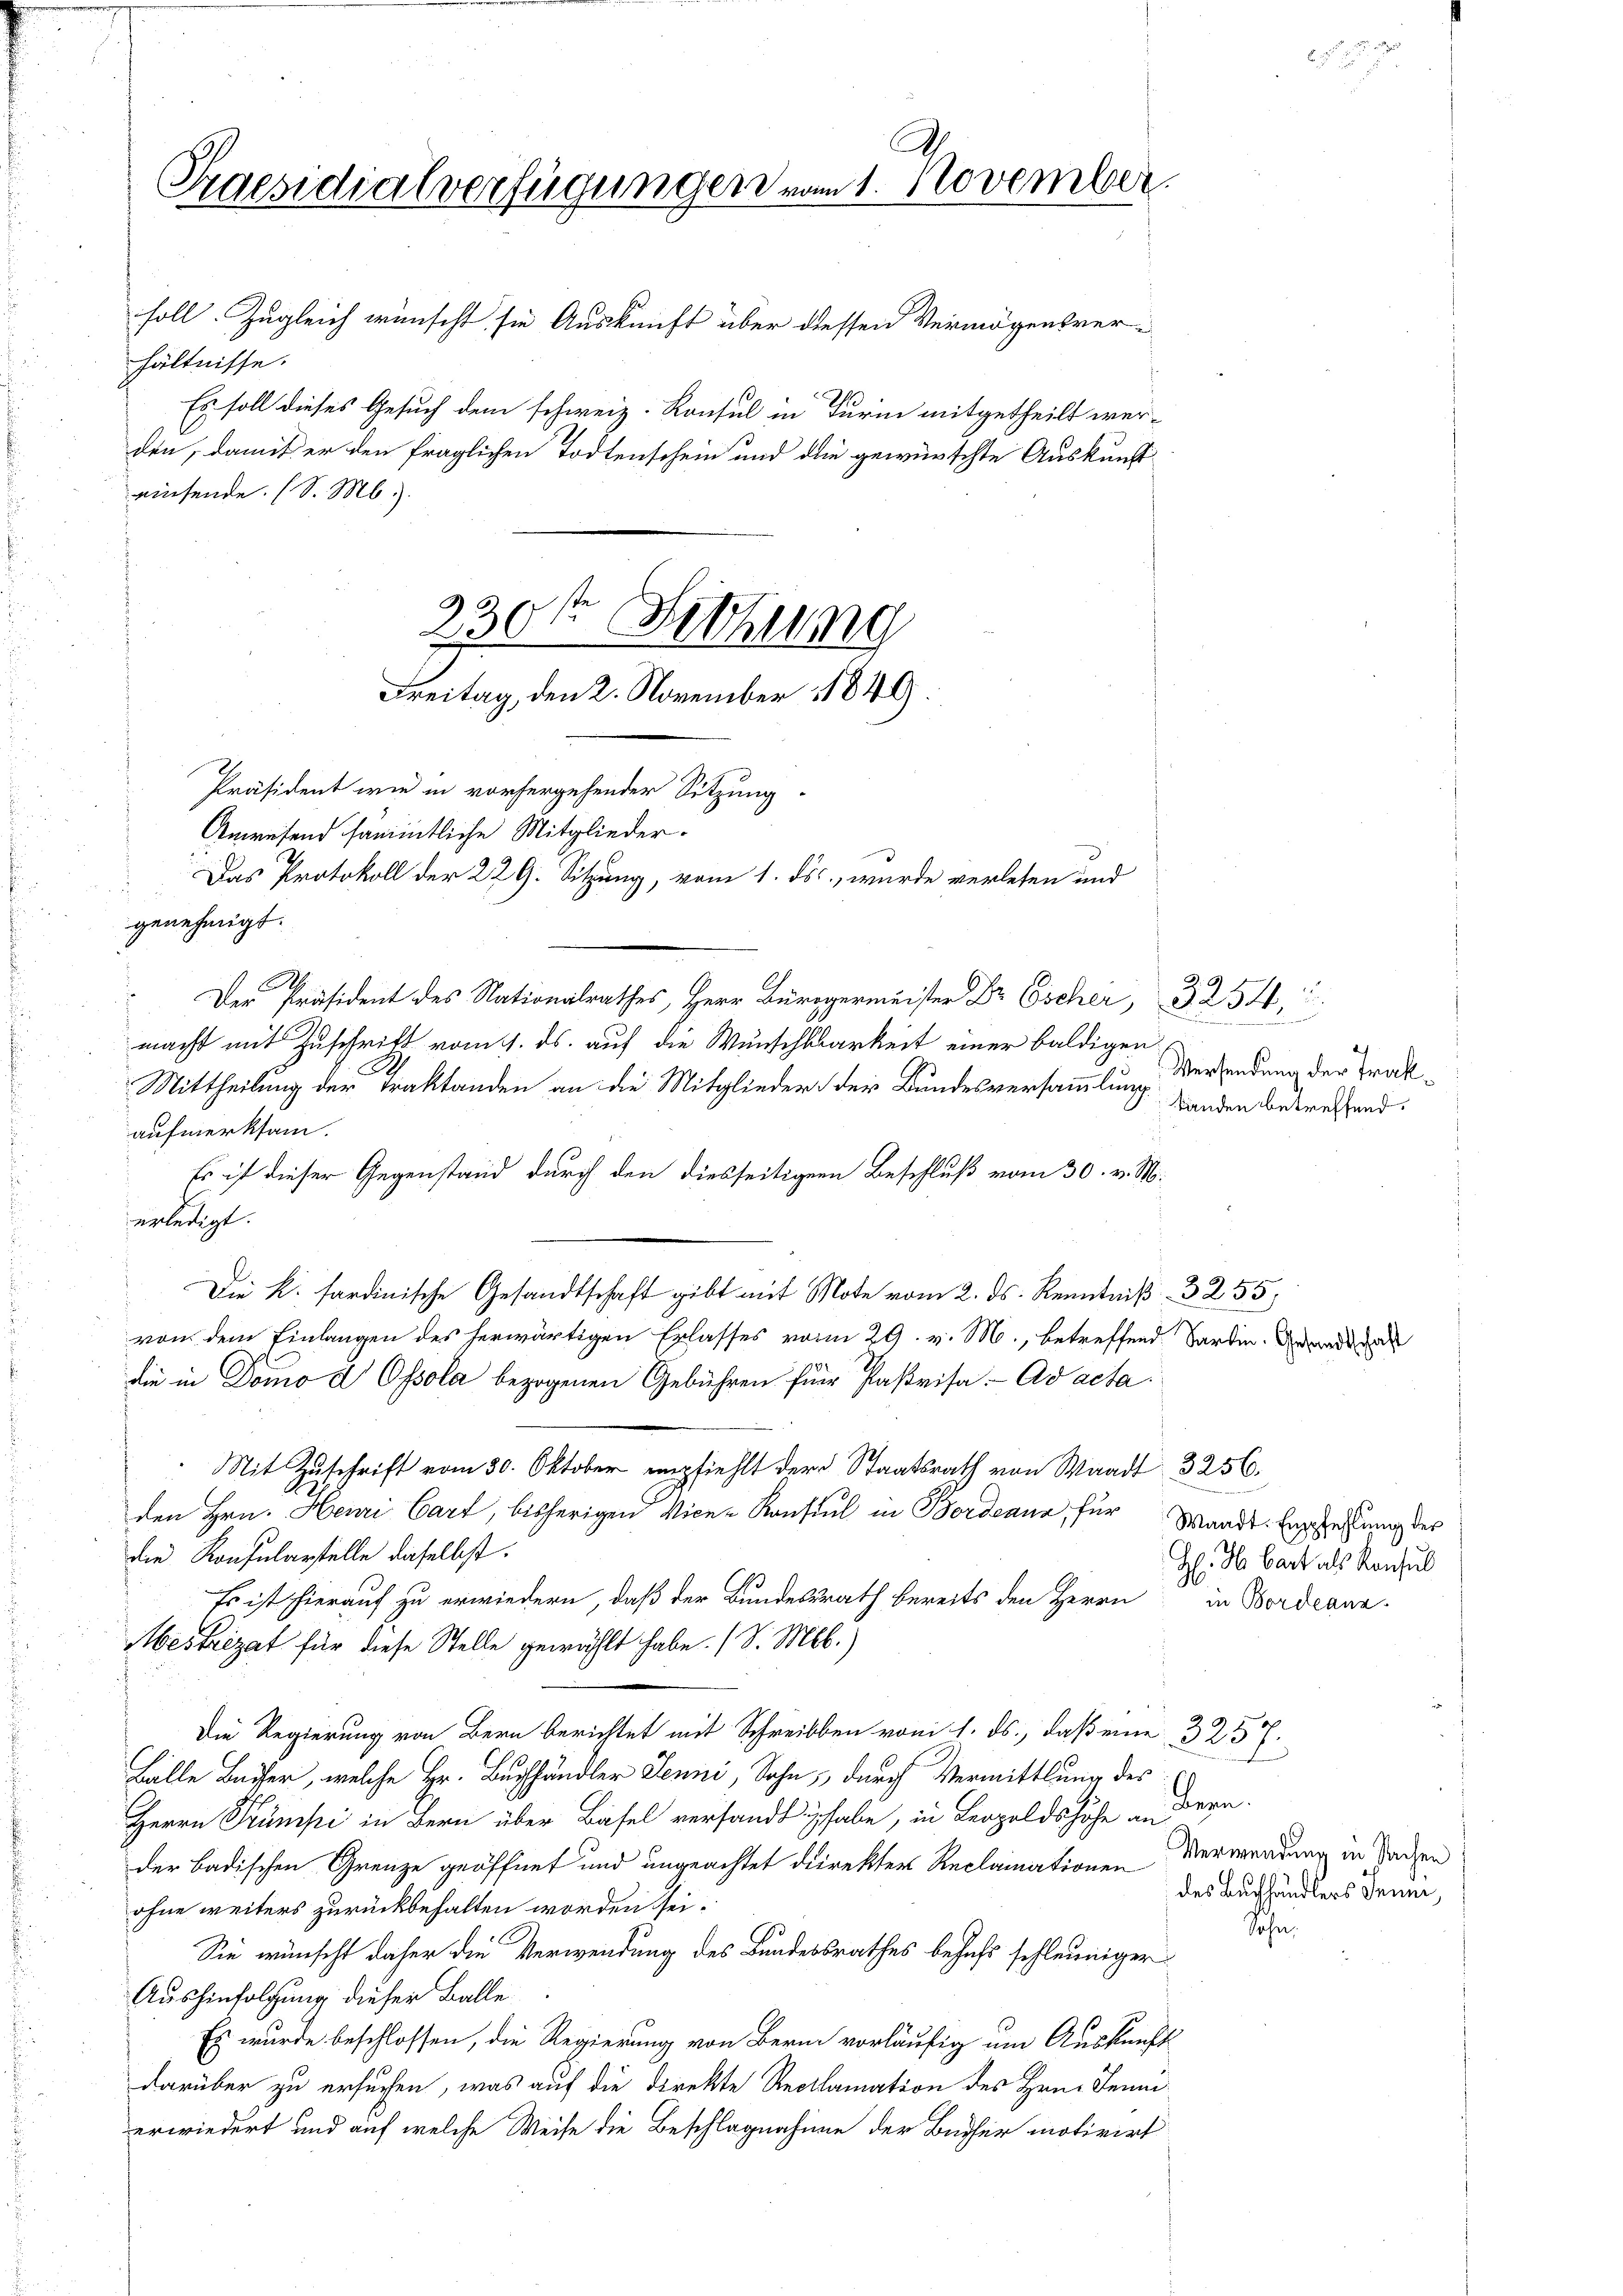
Praesidialverfügungen vom 1. November

soll. Zugleich wünscht sie Auskunft über dessen Vermögensver-
hältnisse.
Es soll dieses Gesuch dem schweiz. Konsul in Turin mitgetheilt wer-
den, damit er den fraglichen Todtenschein und die gewürschte Auskunft
einsende. (S. M.

Anwesend sämmtliche Mitglieder.
genehmigt.
.
Der Präsident des Nationalrathes Herr Bürgermeister Dr Escher, 254,
macht mit Zuschrift vom 4. ds. auf die Wunschtbarkeit einer baldigen
Mittheilung der Traktanden an die Mitglieder der Bundesversammlung anden betreffend:
aufmerksam.
Es ist dieser Gegenstand durch den diesseitiger Beschluß vom 30. v. M.
erledigt.
Die k. sardinische Gesandtschaft gibt mit Mote vom 2. ds. Kenntniß 3255,
von dem Einlangen des herwärtigen Erlasses vom 29. v. M., betreffend Sardin. Brandid
die in Domo d Ossola bezogenen Gebühren für Parisa.- Ad acta
Mit Zuschrift vom 30. Oktober empfiehlt der Staatsrath von Waadt 3256.
den Hrn. Henri Cart, bisherigen Vice-Konsul in Bordeaux, für Waadt. Einpfehlung des
die Konsularstelle dieselbst.
Es ist hierauf zu erwiedern, daß der Bundesrath bereits den Herrn
Mestriezat für diese Stelle gewählt habe. (S. M.)
Die Regierung von Bern berichtet mit Schreiben vom 1. ds., daß eine 323.
Bälle Beiser, welche Hr. Buchhändler Jenni, Sohn, durch Vermittlung des
Herrn Trumpi in Bern über Basel versandt habe, in Leopoldshöhe an
der badischen Grenze geöffnet und ungeachtet direkter Reclamationen Verwendung in Sachen
ohne weiters zurückbehalten worden sei.
Sie wünscht daher die Verwendung des Bundesrathes behufs schleuniger
Aushinfolgung dieser Balle
Es wurde beschlossen, die Regierung von Bern vorläufig um Auskunft
darüber zu ersuchen, was auf die Direkte Reclamation des Hrn. Jennierwiedert und auf welche Weise die Beschlagnahme der Bücher motivirt

230t Setzung
Freitag, den 2. November 1849

Präsident wie in vorhergehender Sitzung
Das Protokoll der 229. Sitzung, vom 1. ds., wurde verlesen und

r und einen eine
u
Versendung der Trak¬

Sohn

H. H. Bart als Konsul
in Bordeann

Bern.
des Buchhändlers Juni,